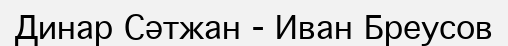
Динар Сәтжан - Иван Бреусов